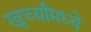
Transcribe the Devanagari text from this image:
खुर्च्यांमध्ये